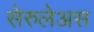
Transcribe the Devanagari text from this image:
सेरुलेअस